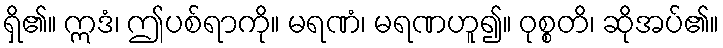
ရှိ၏။ ဣဒံ၊ ဤပစ်ရာကို။ မရဏံ၊ မရဏဟူ၍။ ဝုစ္စတိ၊ ဆိုအပ်၏။